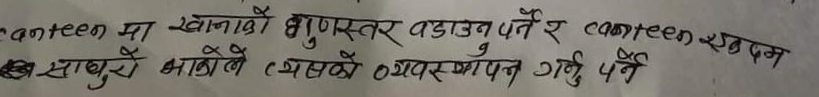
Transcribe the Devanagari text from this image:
canteen मा खानाको गुणस्तर बढाउन पर्ने र canteen प्रबन्धन साबुरी भागेले यसको व्यवस्थापन गर्नु पर्ने